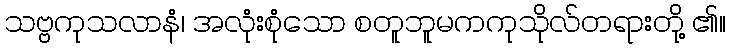
သဗ္ဗကုသလာနံ၊ အလုံးစုံသော စတူဘူမကကုသိုလ်တရားတို့ ၏။